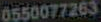
0550077263